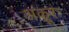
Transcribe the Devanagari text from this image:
अक्रूरः